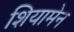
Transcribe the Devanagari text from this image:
शियामेन